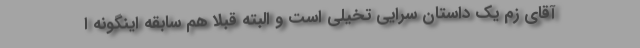
آقای زم یک داستان سرایی تخیلی است و البته قبلا هم سابقه اینگونه ا